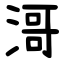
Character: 滒